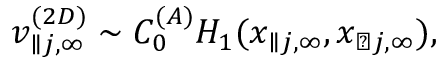
v _ { \parallel j , \infty } ^ { ( 2 D ) } \sim C _ { 0 } ^ { ( A ) } H _ { 1 } ( x _ { \parallel j , \infty } , x _ { \perp j , \infty } ) ,